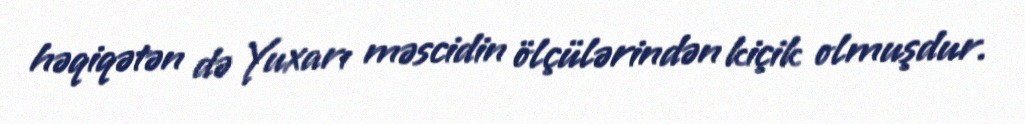
həqiqətən də Yuxarı məscidin ölçülərindən kiçik olmuşdur.